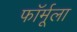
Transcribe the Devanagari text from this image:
फाॅर्मूला